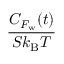
\frac { C _ { F _ { \mathrm { w } } } ( t ) } { S k _ { \mathrm { B } } T }